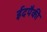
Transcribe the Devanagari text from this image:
ईदपैकी